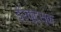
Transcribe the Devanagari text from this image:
ईर्कुट्स्क